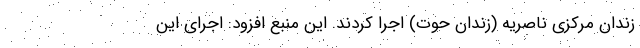
زندان مرکزی ناصریه (زندان حوت) اجرا کردند. این منبع افزود: اجرای این